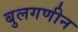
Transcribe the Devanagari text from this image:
बुलगणीन